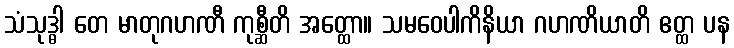
သံသုဒ္ဓါ တေ မာတုဂဟဏီ ကုစ္ဆီတိ အတ္ထော။ သမဝေပါကိနိယာ ဂဟဏိယာတိ ဧတ္ထ ပန